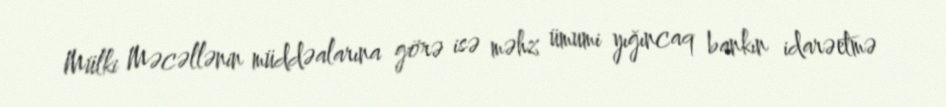
Mülki Məcəllənin müddəalarına görə isə məhz ümumi yığıncaq bankın idarəetmə